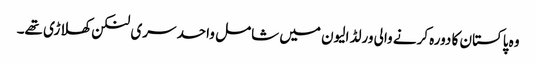
وہ پاکستان کا دورہ کرنے والی ورلڈ الیون میں شامل واحد سری لنکن کھلاڑی تھے۔